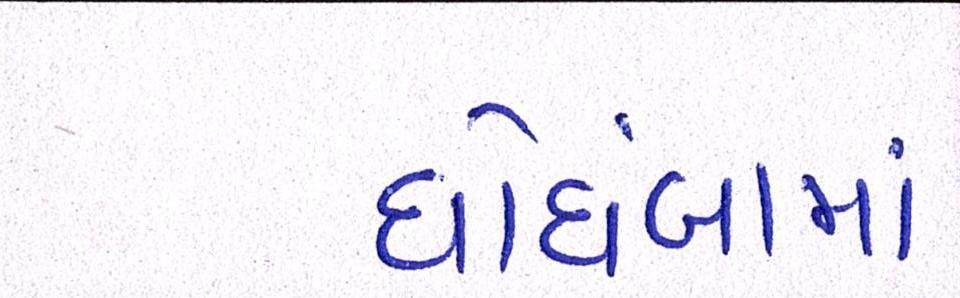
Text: ઘોઘંબામાં